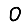
Digit: 0